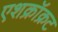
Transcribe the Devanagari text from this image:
एशक्रॉक्रट